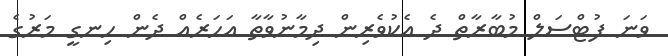
ވަނަ ފުޓްސަލް މުބާރާތް ދެ އެކުވެރިން ދިމާނުވާތާ އަހަރެއް ދެން ހިނގީ މަރުގެ